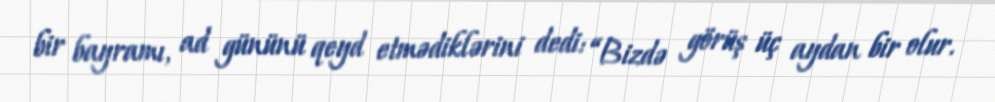
bir bayramı, ad gününü qeyd etmədiklərini dedi: “Bizdə görüş üç aydan bir olur.